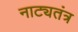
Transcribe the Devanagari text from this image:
नाट्यतंत्र